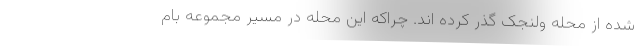
شده از محله ولنجک گذر کرده اند. چراکه این محله در مسیر مجموعه بام